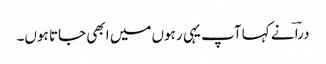
دراؔ نے کہا آپ یہی رہوں میں ابھی جاتا ہوں۔